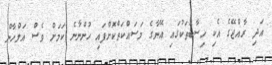
އަދި ރާއްޖޭގެ އެކި ހިސާބުތަކުގައި އޭނާގެ މަސައްކަތްކޮށްފައި ހުންނާނެ ކަމަށް ވެސް އަލްހާން